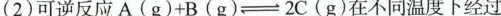
(2)可逆反应A ( g )+ B ( g )=2O( g )在不同温度下经过